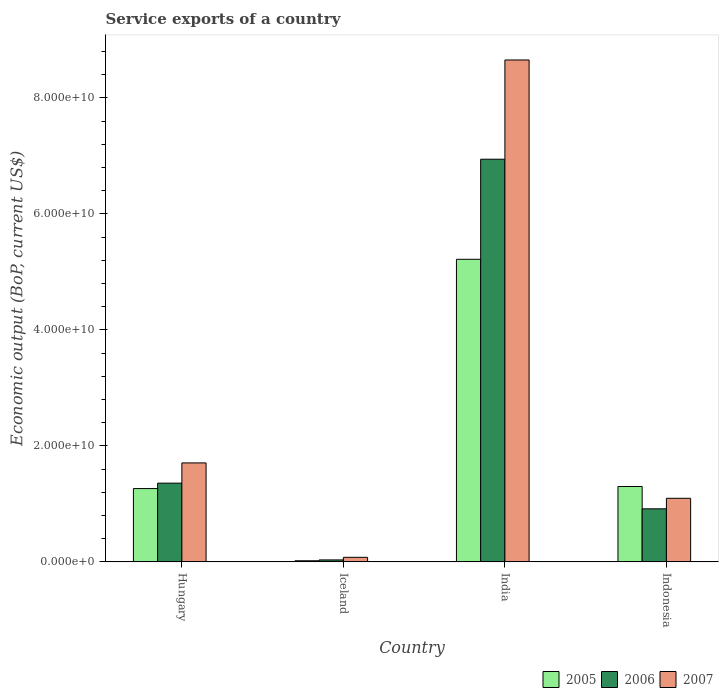
| Country | 2005 | 2006 | 2007 |
 | --- | --- | --- | --- |
 | Hungary | 1.26e+10 | 1.36e+10 | 1.71e+10 |
 | Iceland | 1.92e+08 | 3.39e+08 | 7.86e+08 |
 | India | 5.22e+10 | 6.94e+10 | 8.66e+10 |
 | Indonesia | 1.3e+10 | 9.15e+09 | 1.1e+10 |